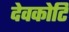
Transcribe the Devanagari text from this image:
देवकोटि